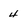
Character: 4